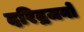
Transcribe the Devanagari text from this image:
दरिद्रजनों